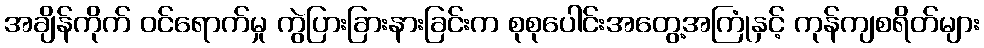
အချိန်ကိုက် ဝင်ရောက်မှု ကွဲပြားခြားနားခြင်းက စုစုပေါင်းအတွေ့အကြုံနှင့် ကုန်ကျစရိတ်များ